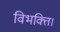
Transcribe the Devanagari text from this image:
विभक्ति।